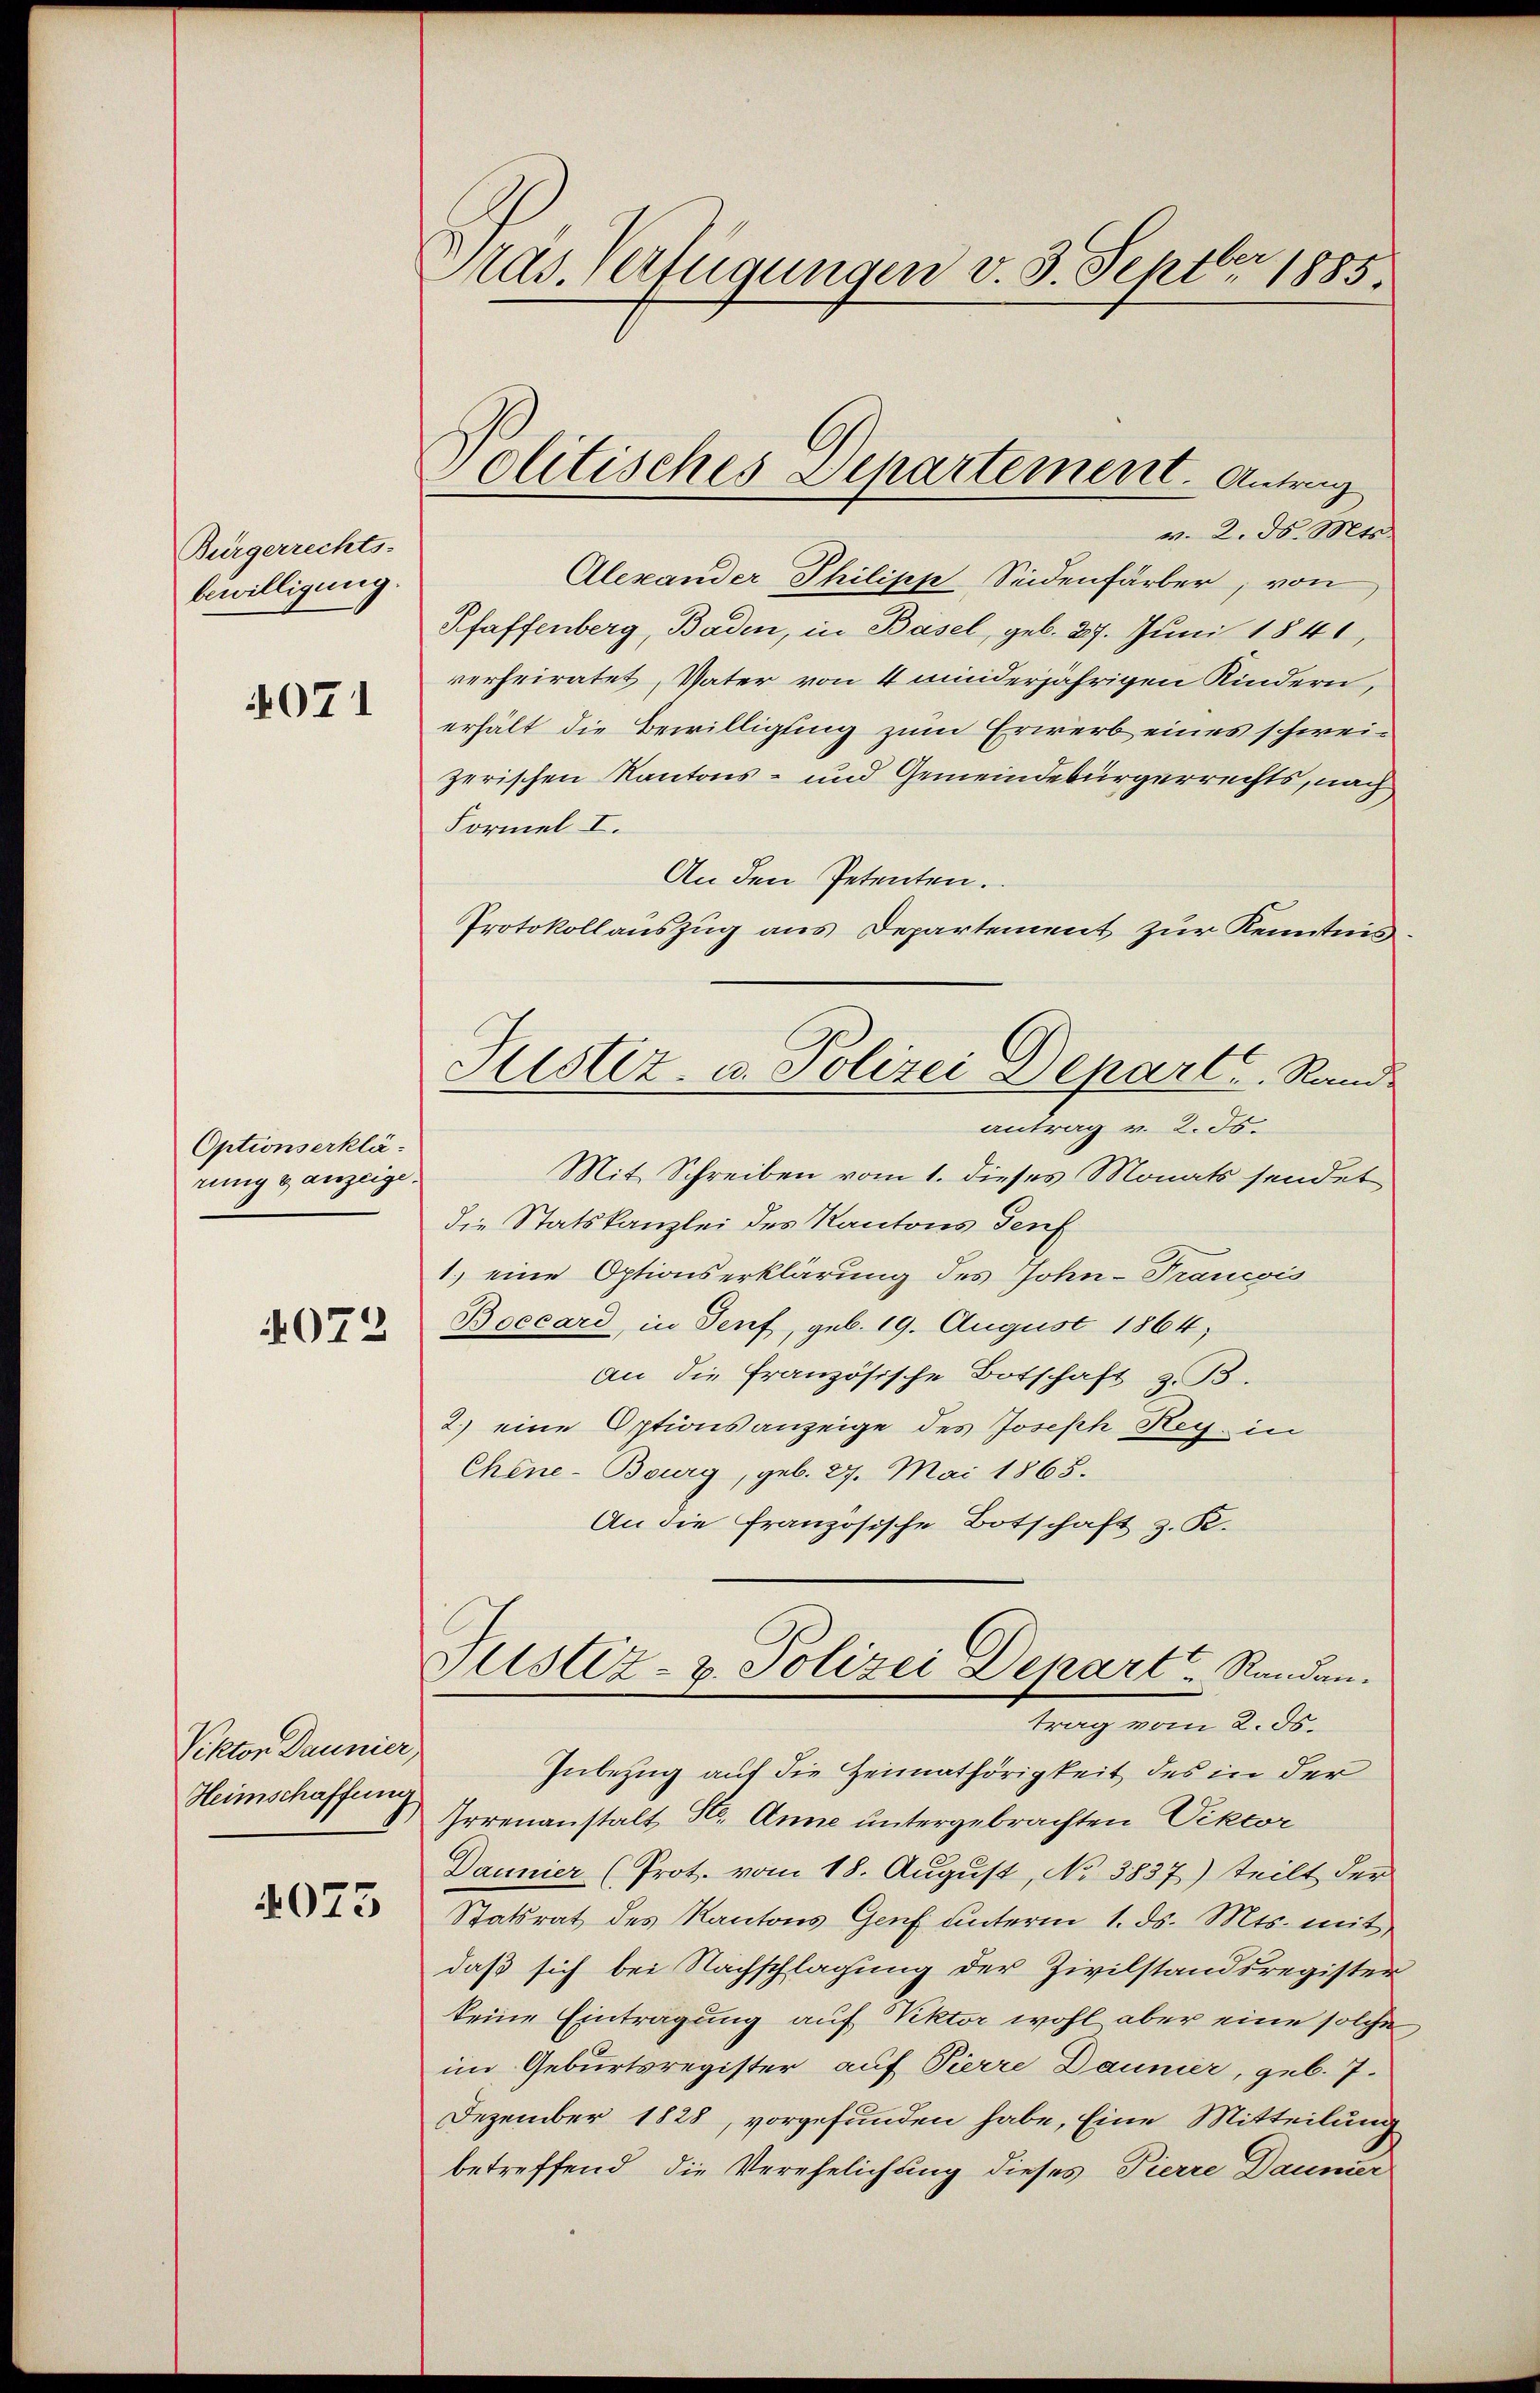
Bürgerrechts-
bewilligung.
071

Optionserklärung ganzeige.

072

Viktor Daunier
Heimschaffung
4075

Pras. Verfügungen v. 3. Septbr 1885.

Politisches Departement. Antrag

v. 2. d. Mts.
Alexander Philipp Seidenfärber, von
Pfaffenberg, Baden, in Basel, geb. 27. Juni 1841,
verheiratet, Vater von 4 minderjährigen Kindern,
erhält die Bewilligung zum Erwerb eines schweizerischen Kantons- und Gemeindebürgerrechts, nach
Formel I.
An den Petenten.
Protokollauszug aus Departement zur Kenntnis
Mit Schreiben vom 1. dieses Monats sendet
die Statskanzlei des Kantons Teuf
1.) eine Optionserklärung des John. Trancois
Boccard, in Senf, geb. 19. August 1864;
an die Französische Botschaft z. B.
2.) eine Optionsanzeige des Joseph Rey in
Chene-Bourg, geb. 27. Mai 1865.
An die französische Botschaft z. R.
Justiz- & Polizei Depart Randan
trag vom 2. ds.
Inbezug auf die Heimathörigkeit des in der
Irrenanstalt St. Anne untergebrachten Viktor
Daunier (Prot. vom 18. August, No 3837) teilt der
Statsrat des Kantons Genf unterm 1. ds. Mts. mit
daß sich bei Nachschlagung der Zivilstandsregister
keine Eintragung auf Rektor wohl aber eine solche
im Geburtsregister auf Pierre Daumer, geb. 7.
Dezember 1828, vorgefunden habe, Eine Mitteilung
betreffend, die Verehelichung dieses Pierre Daumer

Justiz- u. Polizei Depart. Rand
antrag v. 2. 55.